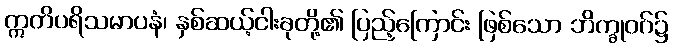
ဣတိပရိသမာပနံ၊ နှစ်ဆယ့်ငါးခုတို့၏ ပြည့်ကြောင်း ဖြစ်သော ဘိက္ခုဝဂ်၌